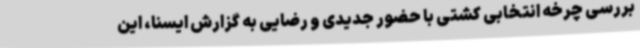
بررسی چرخه انتخابی کشتی با حضور جدیدی و رضایی به گزارش ایسنا، این